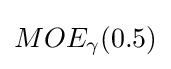
MOE_{\gamma }(0.5)